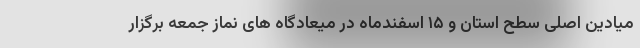
میادین اصلی سطح استان و ۱۵ اسفندماه در میعادگاه های نماز جمعه برگزار